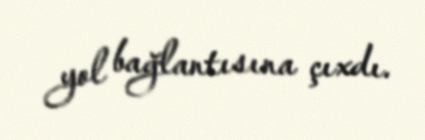
yol bağlantısına çıxdı.